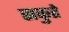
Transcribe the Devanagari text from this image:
सकुहे